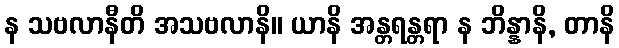
န သဗလာနီတိ အသဗလာနိ။ ယာနိ အန္တရန္တရာ န ဘိန္နာနိ, တာနိ